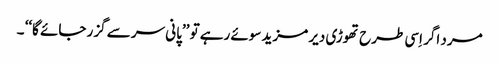
مرد اگر اِسی طرح تھوڑی دیر مزید سوئے رہے تو ’’پانی سر سے گزر جائے گا‘‘ ۔